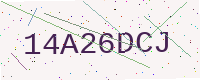
Text: 14A26DCJ